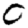
Digit: 0